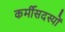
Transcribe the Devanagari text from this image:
कर्मीसदस्यों